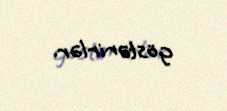
göstərirlər.